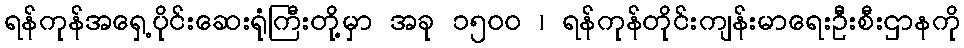
ရန်ကုန်အရှေ့ပိုင်းဆေးရုံကြီးတို့မှာ အခု ၁၅၀၀ ၊ ရန်ကုန်တိုင်းကျန်းမာရေးဦးစီးဌာနကို